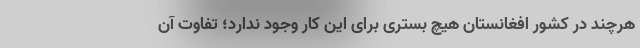
هرچند در کشور افغانستان هیچ بستری برای این کار وجود ندارد؛ تفاوت آن